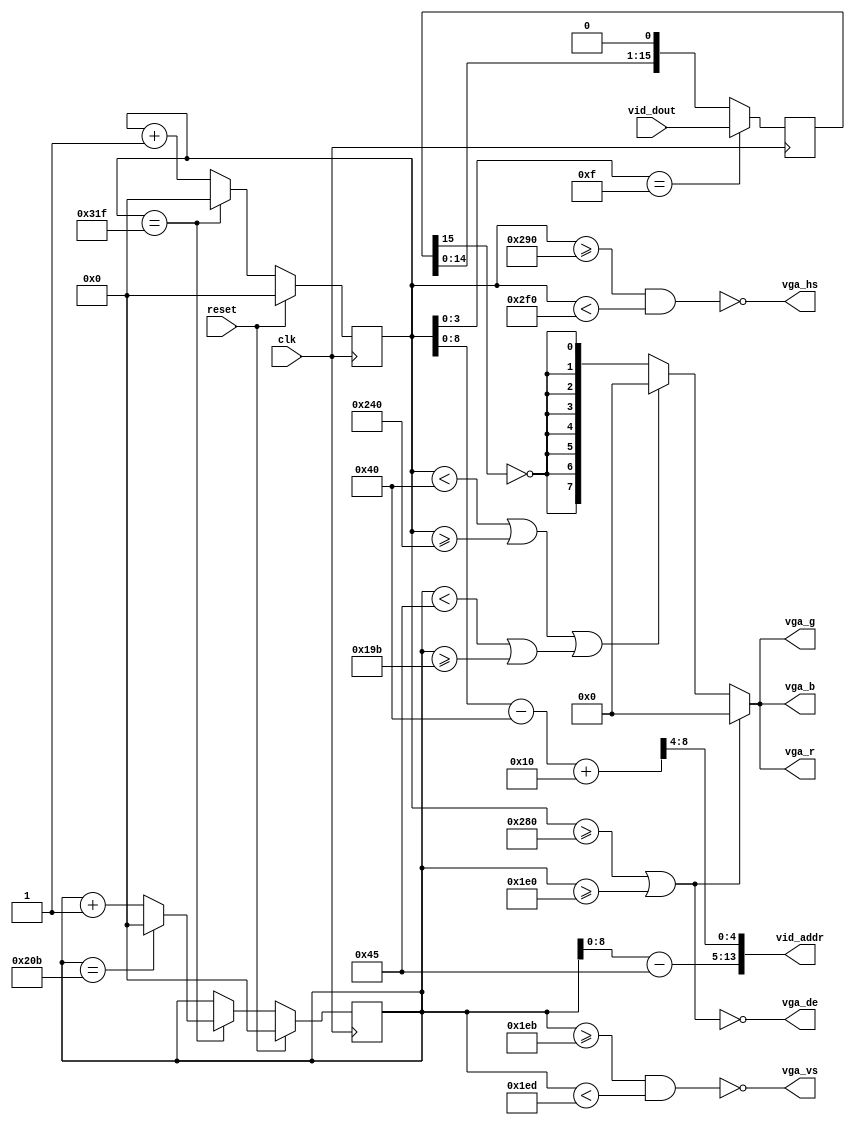
`default_nettype none
module video (
  input             clk,
  input             reset,
  output [7:0]      vga_r,
  output [7:0]      vga_b,
  output [7:0]      vga_g,
  output            vga_hs,
  output            vga_vs,
  output            vga_de,
  input  [15:0]     vid_dout,
  output [14:1]     vid_addr
);

  parameter HA = 640;
  parameter HS  = 96;
  parameter HFP = 16;
  parameter HBP = 48;
  parameter HT  = HA + HS + HFP + HBP;
  parameter HB = 64;
  parameter HBadj = 0;

  parameter VA = 480;
  parameter VS  = 2;
  parameter VFP = 11;
  parameter VBP = 31;
  parameter VT  = VA + VS + VFP + VBP;
  parameter VB = 69;

  reg [9:0] hc = 0;
  reg [9:0] vc = 0;

  always @(posedge clk) begin
    if (reset) begin
      hc <= 0;
      vc <= 0;
    end else begin
      if (hc == HT - 1) begin
        hc <= 0;
        if (vc == VT - 1) vc <= 0;
        else vc <= vc + 1;
      end else hc <= hc + 1;
    end
  end

  assign vga_hs = !(hc >= HA + HFP && hc < HA + HFP + HS);
  assign vga_vs = !(vc >= VA + VFP && vc < VA + VFP + VS);
  assign vga_de = !(hc >= HA || vc >= VA);

  wire [8:0] x = hc - HB;
  wire [8:0] y = vc - VB;
  wire [8:0] x16 = x + 16;

  assign vid_addr = {y, x16[8:4]};

  wire hBorder = (hc < (HB + HBadj) || hc >= HA - (HB + HBadj));
  wire vBorder = (vc < VB || vc >= VA - VB);
  wire border = hBorder || vBorder;

  reg [15:0] pixel_data;
  always @(posedge clk) begin
    if (hc[3:0] == 15) pixel_data <= vid_dout;
    else pixel_data <= {pixel_data[14:0], 1'b0};
  end
  
  wire pixel = ~pixel_data[15];
  wire [7:0] green = border ? 8'b0 : {8{pixel}};
  wire [7:0] red   = border ? 8'b0 : {8{pixel}};
  wire [7:0] blue  = border ? 8'b0 : {8{pixel}};

  assign vga_r = !vga_de ? 8'b0 : red;
  assign vga_g = !vga_de ? 8'b0 : green;
  assign vga_b = !vga_de ? 8'b0 : blue;

endmodule